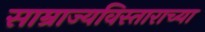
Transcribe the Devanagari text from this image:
साम्राज्यविस्ताराच्या